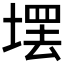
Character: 𪤄